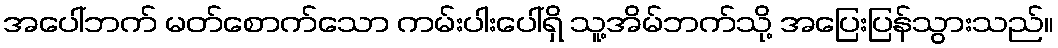
အပေါ်ဘက် မတ်စောက်သော ကမ်းပါးပေါ်ရှိ သူ့အိမ်ဘက်သို့ အပြေးပြန်သွားသည်။